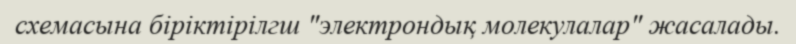
схемасына біріктірілгш "электрондық молекулалар" жасалады.